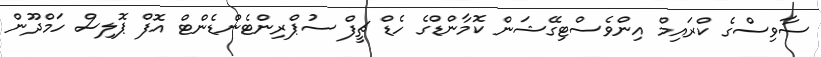
ސާވިސްގެ ކްރައިމް އިންވެސްޓިގޭޝަން ކޮމާންޑްގެ ހެޑް ޗީފް ސުޕްރިންޓެންޑެންޓް އޮފް ޕޮލިސް ހަމްދޫން